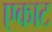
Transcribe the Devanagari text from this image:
एकाट